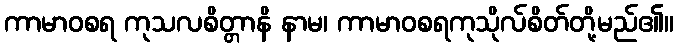
ကာမာဝစရ ကုသလစိတ္တာနိ နာမ၊ ကာမာဝစရကုသိုလ်စိတ်တို့မည်၏။